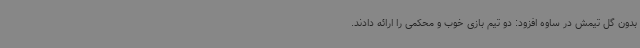
بدون گل تیمش در ساوه افزود: دو تیم بازی خوب و محکمی را ارائه دادند.